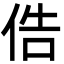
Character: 俈